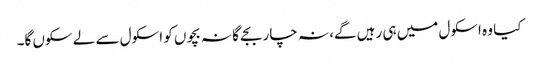
کیا وہ اسکول میں ہی رہیں گے، نہ چار بجے گا نہ بچوں کو اسکول سے لے سکوں گا۔